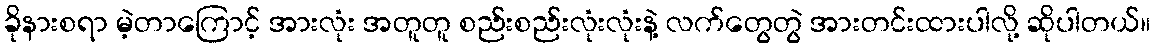
ခိုနားစရာ မဲ့တာကြောင့် အားလုံး အတူတူ စည်းစည်းလုံးလုံးနဲ့ လက်တွေတွဲ အားတင်းထားပါလို့ ဆိုပါတယ်။